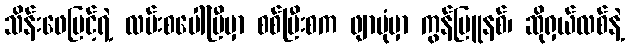
သိန်းဖေမြင့်ရဲ့ လမ်းစပေါ်ပြီမှာ စစ်ပြီးစက ဖျာပုံမှာ ကွန်မြူနစ်၊ ဆိုရှယ်လစ်နဲ့